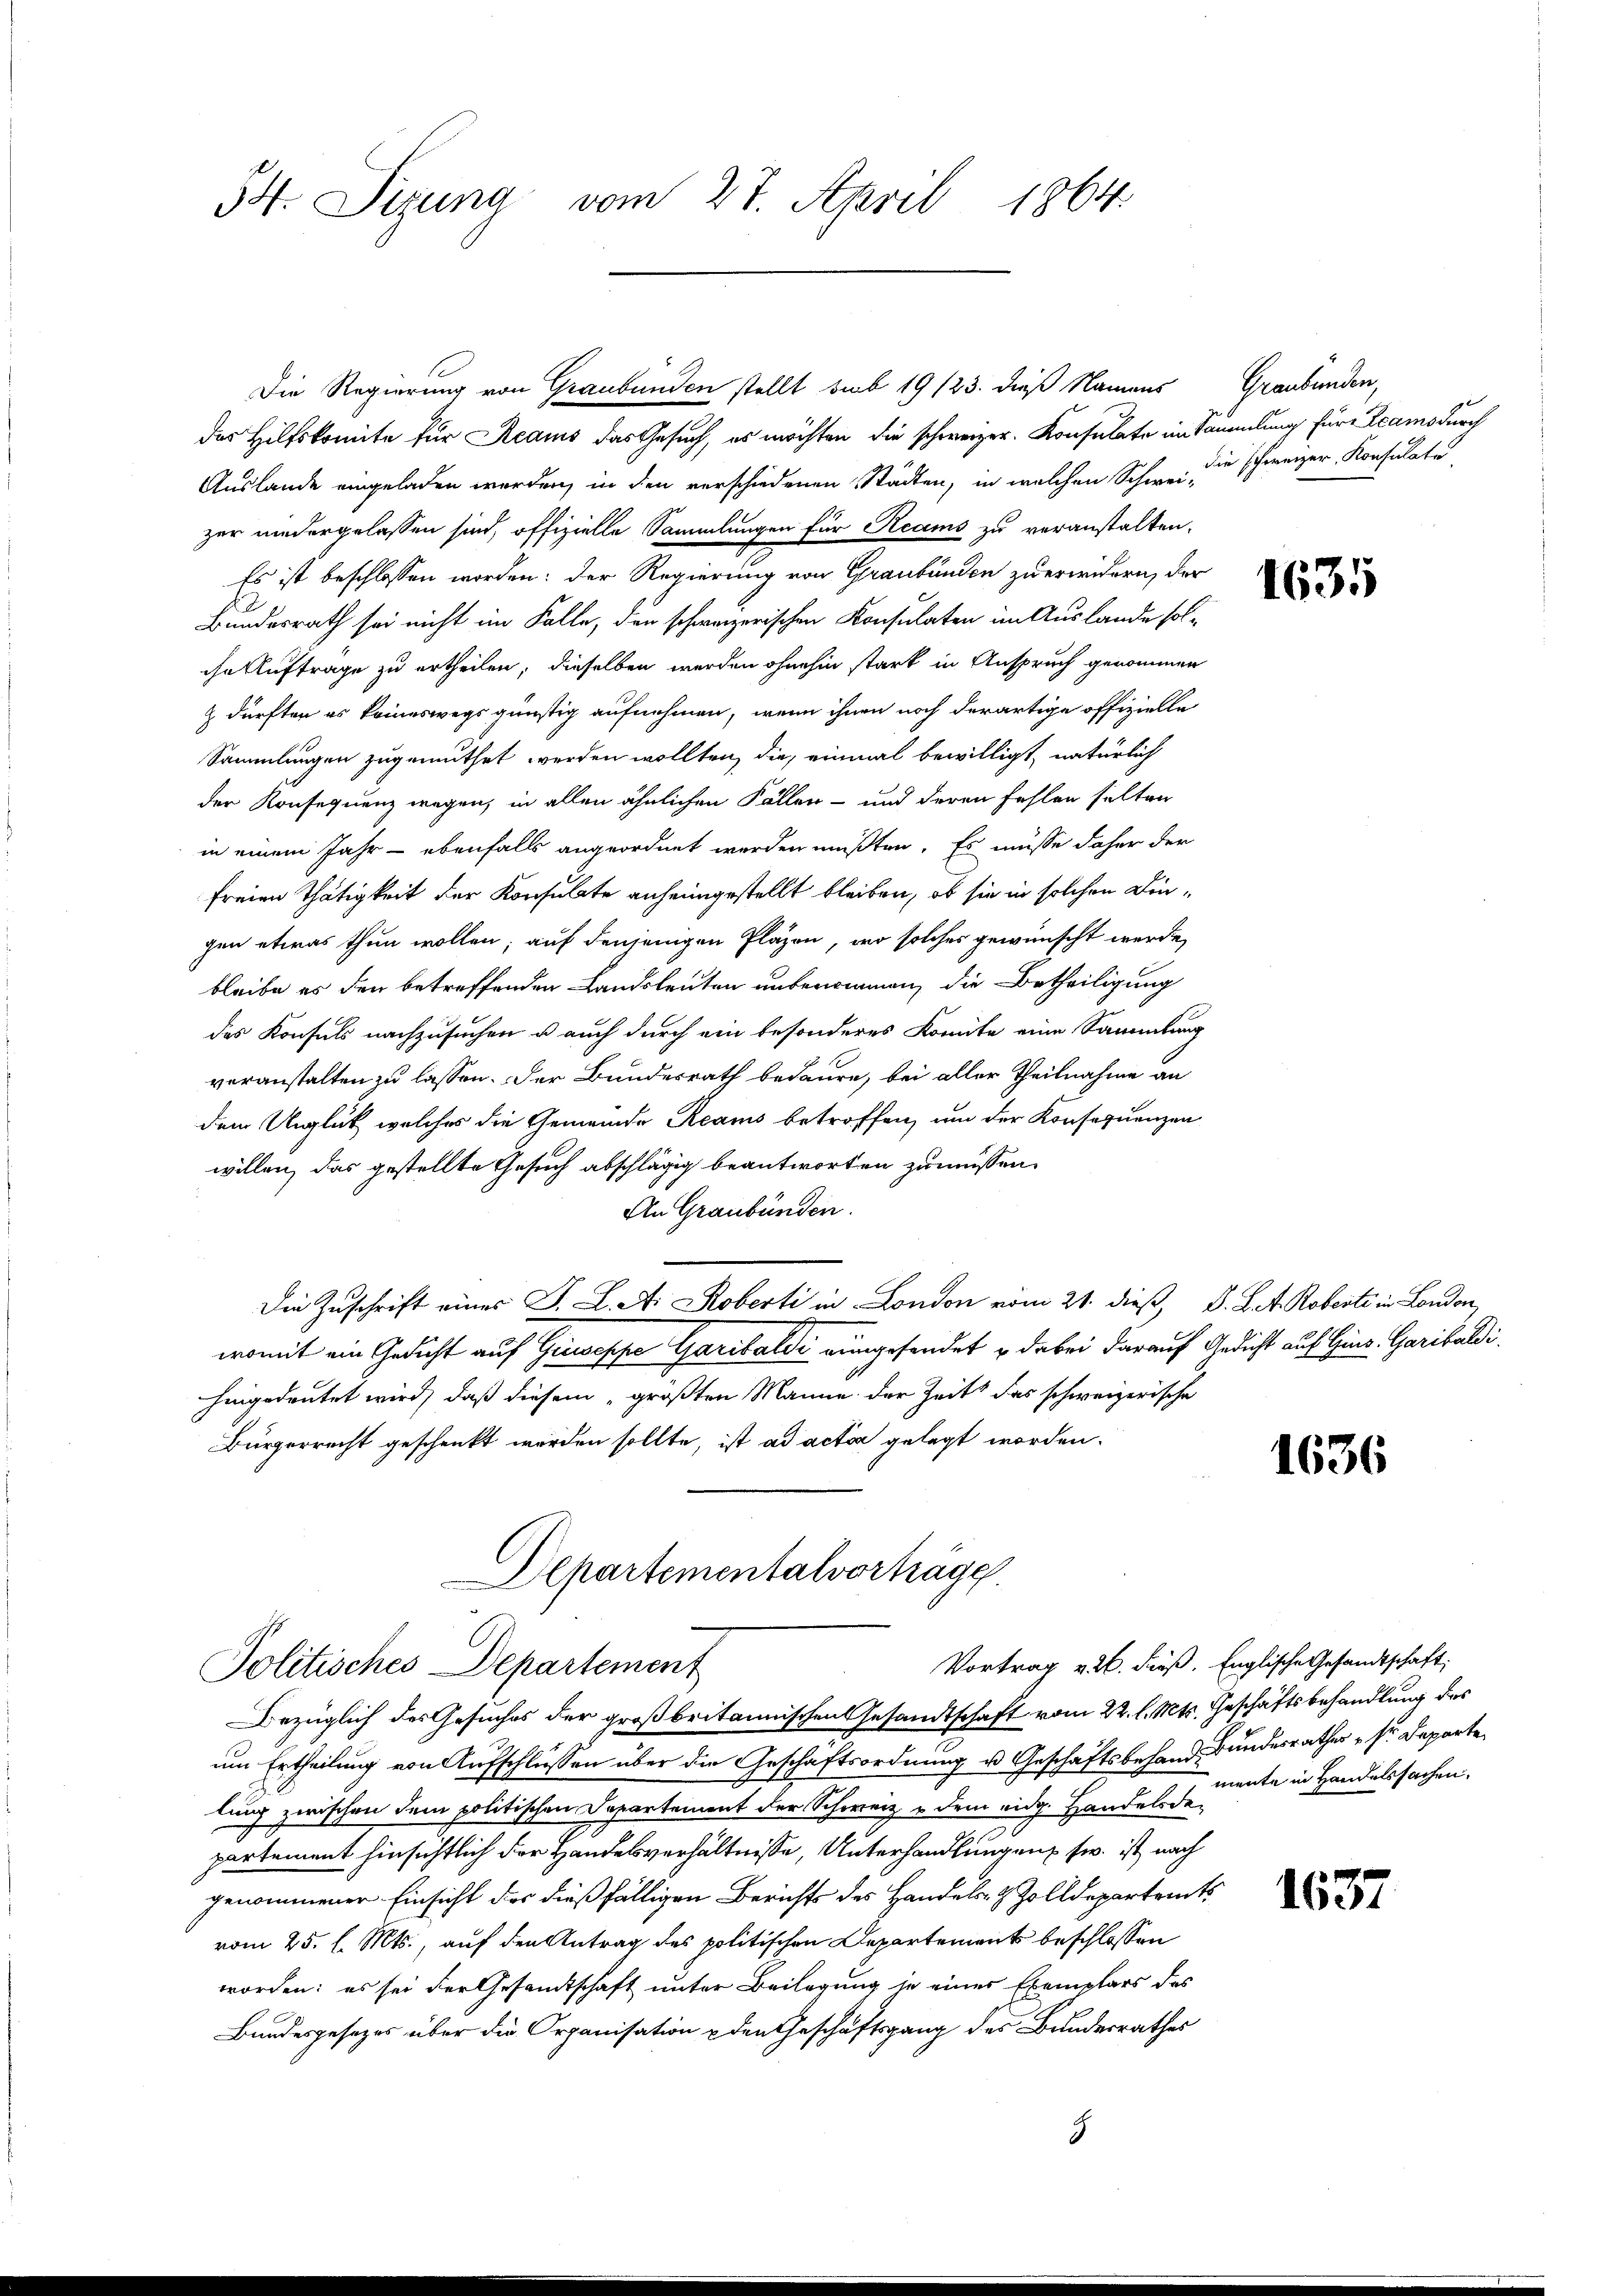
54. Sizung vom 27. April 1864.

Die Regierung von Graubünden stellt sub 19/23. dieß Namens Graubünden,
das Hilfskomite für Reams das Gesuch, es möchten die schweizer. Konsulate in Sammlung für Leams durch
Auslande eingeladen werden, in den verschiedenen Städten, in welchen Schweize schweizer Konsulate
zer niedergelassen sind, offizielle Sammlungen für Reams zu veranstalten.
Es ist beschlossen worden; der Regierung von Graubünden zu erwidern, der
Bundesrath sei nicht im Falle, den schweizerischen Konsulaten im Auslande solihn Auftrage zu ertheilen, dieselben werden ohnehin stark in Anspruch genommen
 dürften es keineswegs günstig aufnehmen, wenn ihnen noch derartige offizielle
Sammlungen zugemuthet werden wollten, die, einmal bewilligt, natürlich
der Konsequenz wegen, in allen ähnlichen Fällen- und deren Fehlen selten
in einem Jahr - ebenfalls angeordnet werden müßten. Es müsse daher der
freien Thätigkeit der Konsulate anheimgestellt bleiben, ob sie in solchen Dingen etwas thun wollen; auf denjenigen Pläzen, wo solches gewünscht werde,
bleibe es den betreffenden Landsleuten unbenommen, die Betheiligung
des Konsuls nachzusuchen u. auch durch ein besonderes Komite eine Sammlung
veranstalten zu lassen. Der Bundesrath bedaure, bei aller Theilnahme an
dem Unglück, welches die Gemeinde Reams betroffen, um der Konsequenzen
willen, das gestellte Gesuch abschlägig beantworten zu müssen.
An Graubünden.
Die Zuschrift eines J. L. A. Roberti in London vom 21. dieß, D. L. A. Robert in London
womit ein Gedicht auf Giuseppe Garibaldi eingesendet u dabei darauf Gedicht auf Gins. Garibaldi
hingedeutet wird, daß diesem „größten Manne der Zeits das schweizerische
Bürgerrecht geschenkt werden sollte, ist ad acta gelegt worden.
Departementalverhäge
C
Vortrag v. 26. Fieß. Englische Gesandtschaft:
Politisches Departement
Bezüglich des Gesuches der großbritannischen Gesandtschaft vom 22. l. Mts. Geschäftsbehandlung des
um Ertheilung von Aufschlüssen über die Geschäftsordnung u. Geschäftsbehand Bundesrather sr. Departe
lung zwischen dem politischen Departement der Schweiz u dem eidg. Handelsde-
partement hinsichtlich der Handelsverhältnisse, Unterhandlungen zw. ist nach
genommener Einsicht der dießfälligen Berichts des Handels- & Zolldepartamts
vom 25. l. Mts., auf den Antrag des politischen Departement beschlossen
worden: es sei der Gesandtschaft unter Beilagung je einer Exemplars des
Bundesgesetzes über die Organisation u den Geschäftsgang des Bundesrathes
8

1635

1636

1637

mente in Handelssachen.